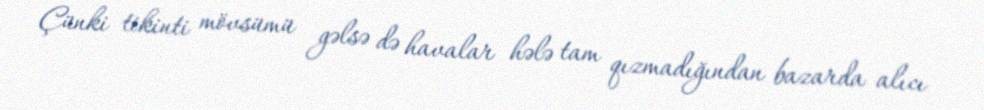
Çünki tikinti mövsümü gəlsə də havalar hələ tam qızmadığından bazarda alıcı